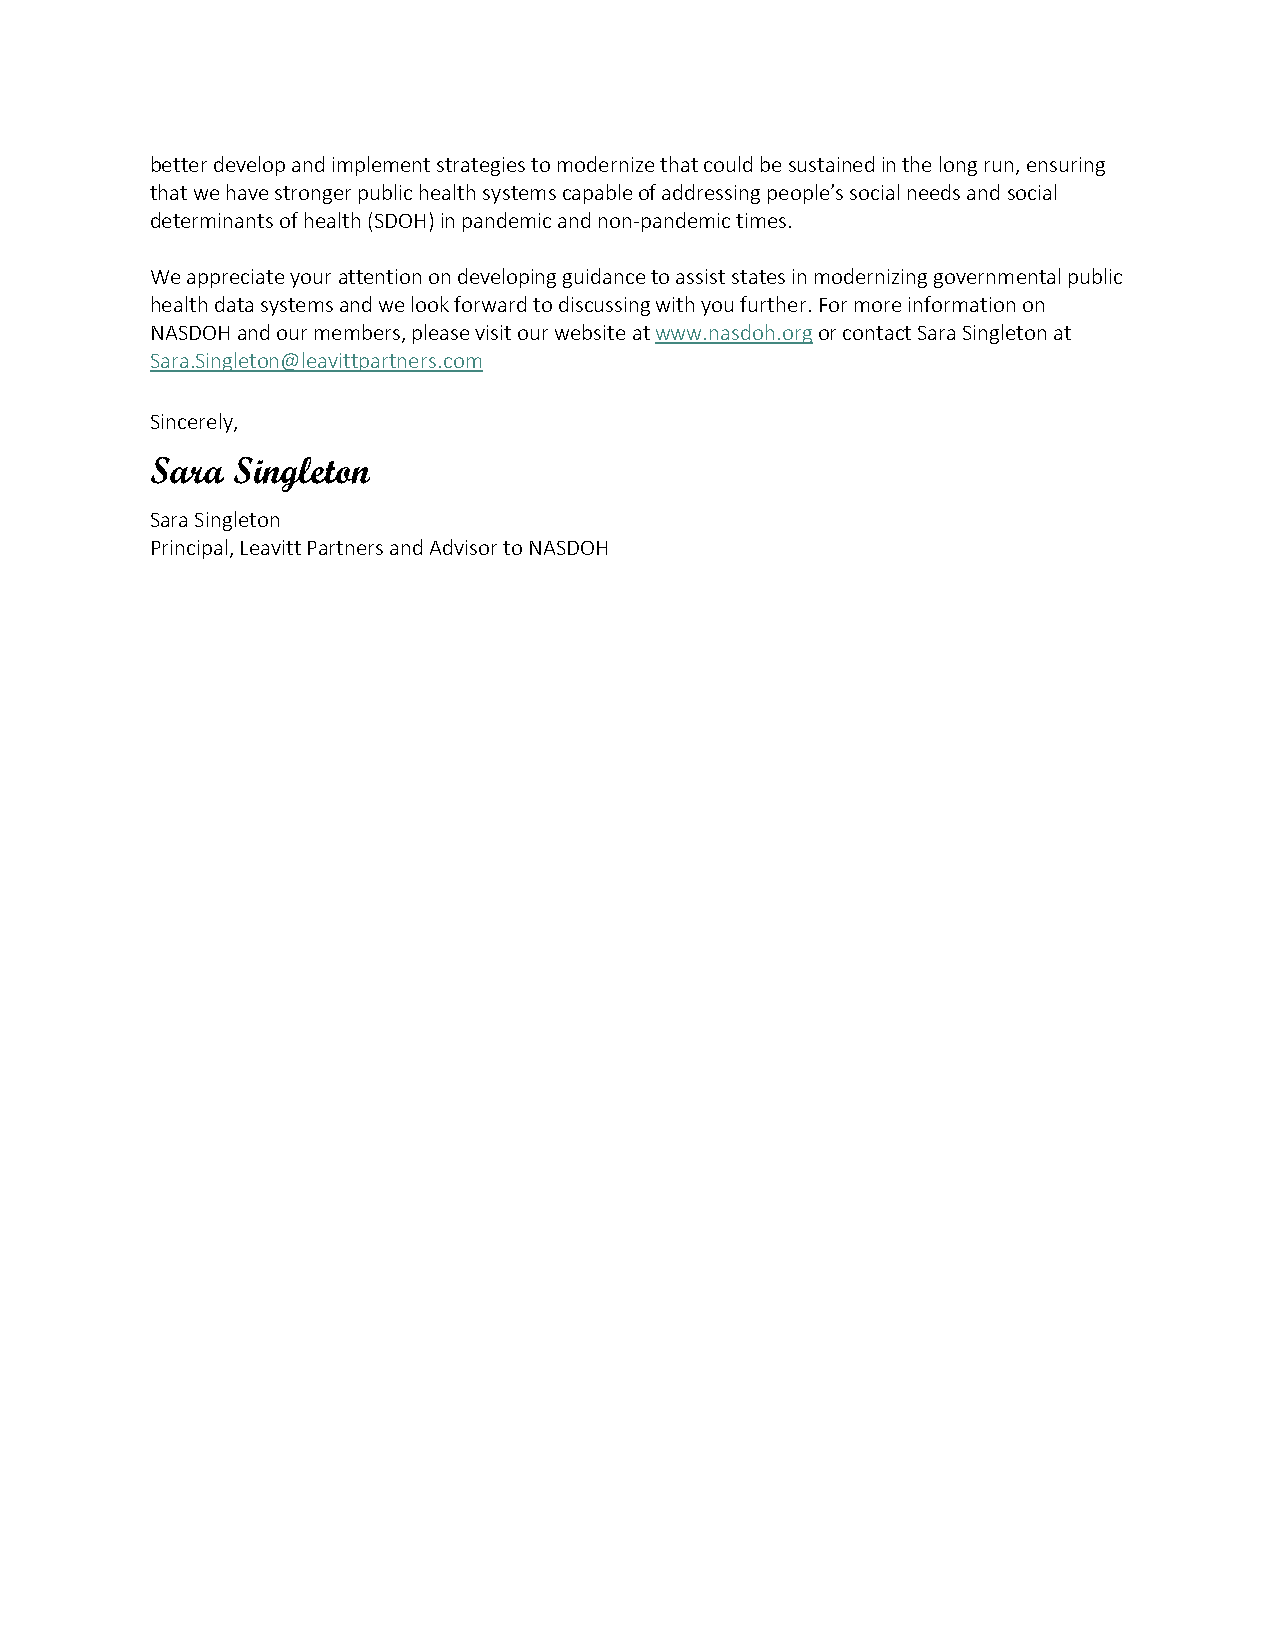
better develop and implement strategies to modernize that could be sustained in the long run, ensuring
 that we have stronger public health systems capable of addressing people’s social needs and social
 determinants of health (SDOH) in pandemic and non-pandemic times.
 We appreciate your attention on developing guidance to assist states in modernizing governmental public
 health data systems and we look forward to discussing with you further. For more information on
 NASDOH and our members, please visit our website at www.nasdoh.org or contact Sara Singleton at
 Sara.Singleton@leavittpartners.com
 Sincerely,
 Sara Singleton
 Sara Singleton
 Principal, Leavitt Partners and Advisor to NASDOH